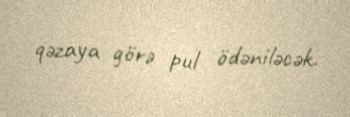
qəzaya görə pul ödəniləcək.